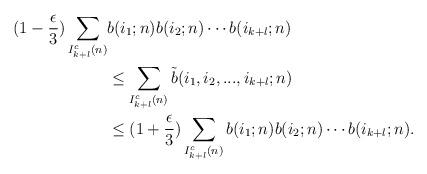
LaTeX: \begin{align*} (1-\frac{\epsilon}{3}) \sum\limits_{\substack{I^{c}_{k+l}(n)}} & b(i_{1};n)b(i_{2};n)\cdots b(i_{k+l};n)\\ & \leq \sum\limits_{\substack{I^{c}_{k+l}(n)}} \tilde{b}(i_{1},i_{2},...,i_{k+l};n)\\& \leq (1 + \frac{\epsilon}{3}) \sum\limits_{\substack{I^{c}_{k+l}(n)}} b(i_{1};n)b(i_{2};n)\cdots b(i_{k+l};n).\end{align*}